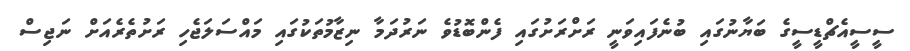
ސީސީއެޗްޑީސީގެ ބަޔާނުގައި ބުނެފައިވަނީ ރަށްރަށުގައި ފެންބޮޑުވެ ނަރުދަމާ ނިޒާމުތަކުގައި މައްސަލަޖެހި ރަށުތެރެއަށް ނަޖިސް